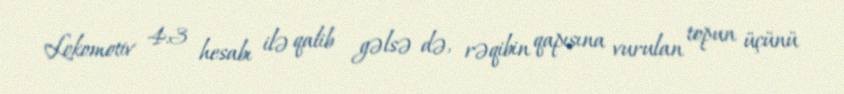
Lokomotiv 4:3 hesabı ilə qalib gəlsə də, rəqibin qapısına vurulan topun üçünü